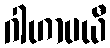
ဂါဟာပယီ